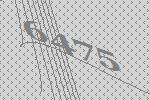
6475